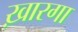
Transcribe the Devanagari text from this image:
ख़ारगा